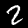
Label: 2